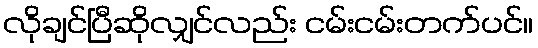
လိုချင်ပြီဆိုလျှင်လည်း ငမ်းငမ်းတက်ပင်။